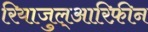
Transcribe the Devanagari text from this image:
रियाजुल्आरिफ़ीन